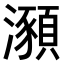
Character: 𤃣